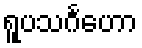
ရူပသင်္ဂဟော